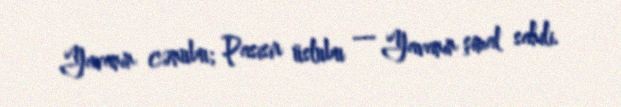
Yavanın cənubu; Pasisir üslubu ― Yavanın şimal sahili.